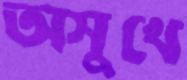
অসুখে